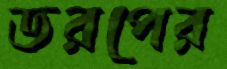
ডরপের